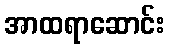
အာထရာဆောင်း